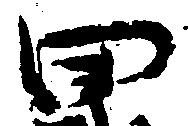
田